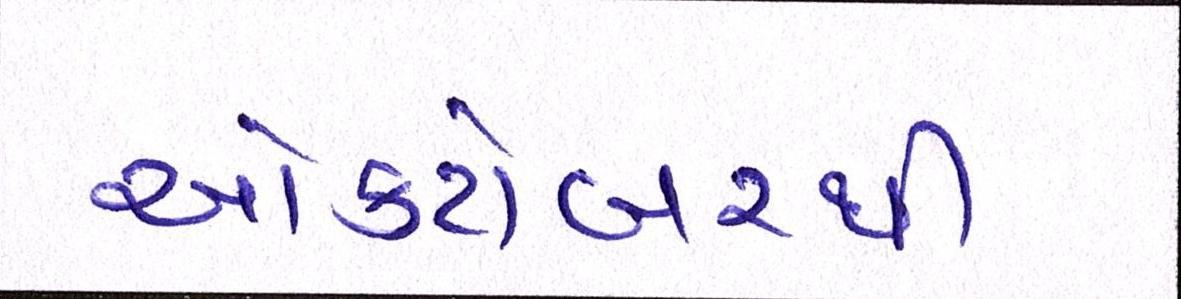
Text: ઓક્ટોબરથી